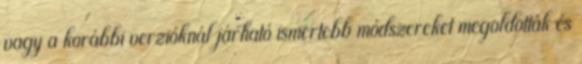
vagy a korábbi verzióknál járható ismertebb módszereket megoldották és